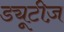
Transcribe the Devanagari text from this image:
ड्यूटीज़